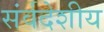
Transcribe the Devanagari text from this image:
संर्वदेशीय